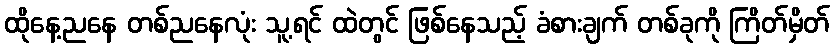
ထိုနေ့ညနေ တစ်ညနေလုံး သူ့ရင် ထဲတွင် ဖြစ်နေသည့် ခံစားချက် တစ်ခုကို ကြိတ်မှိတ်